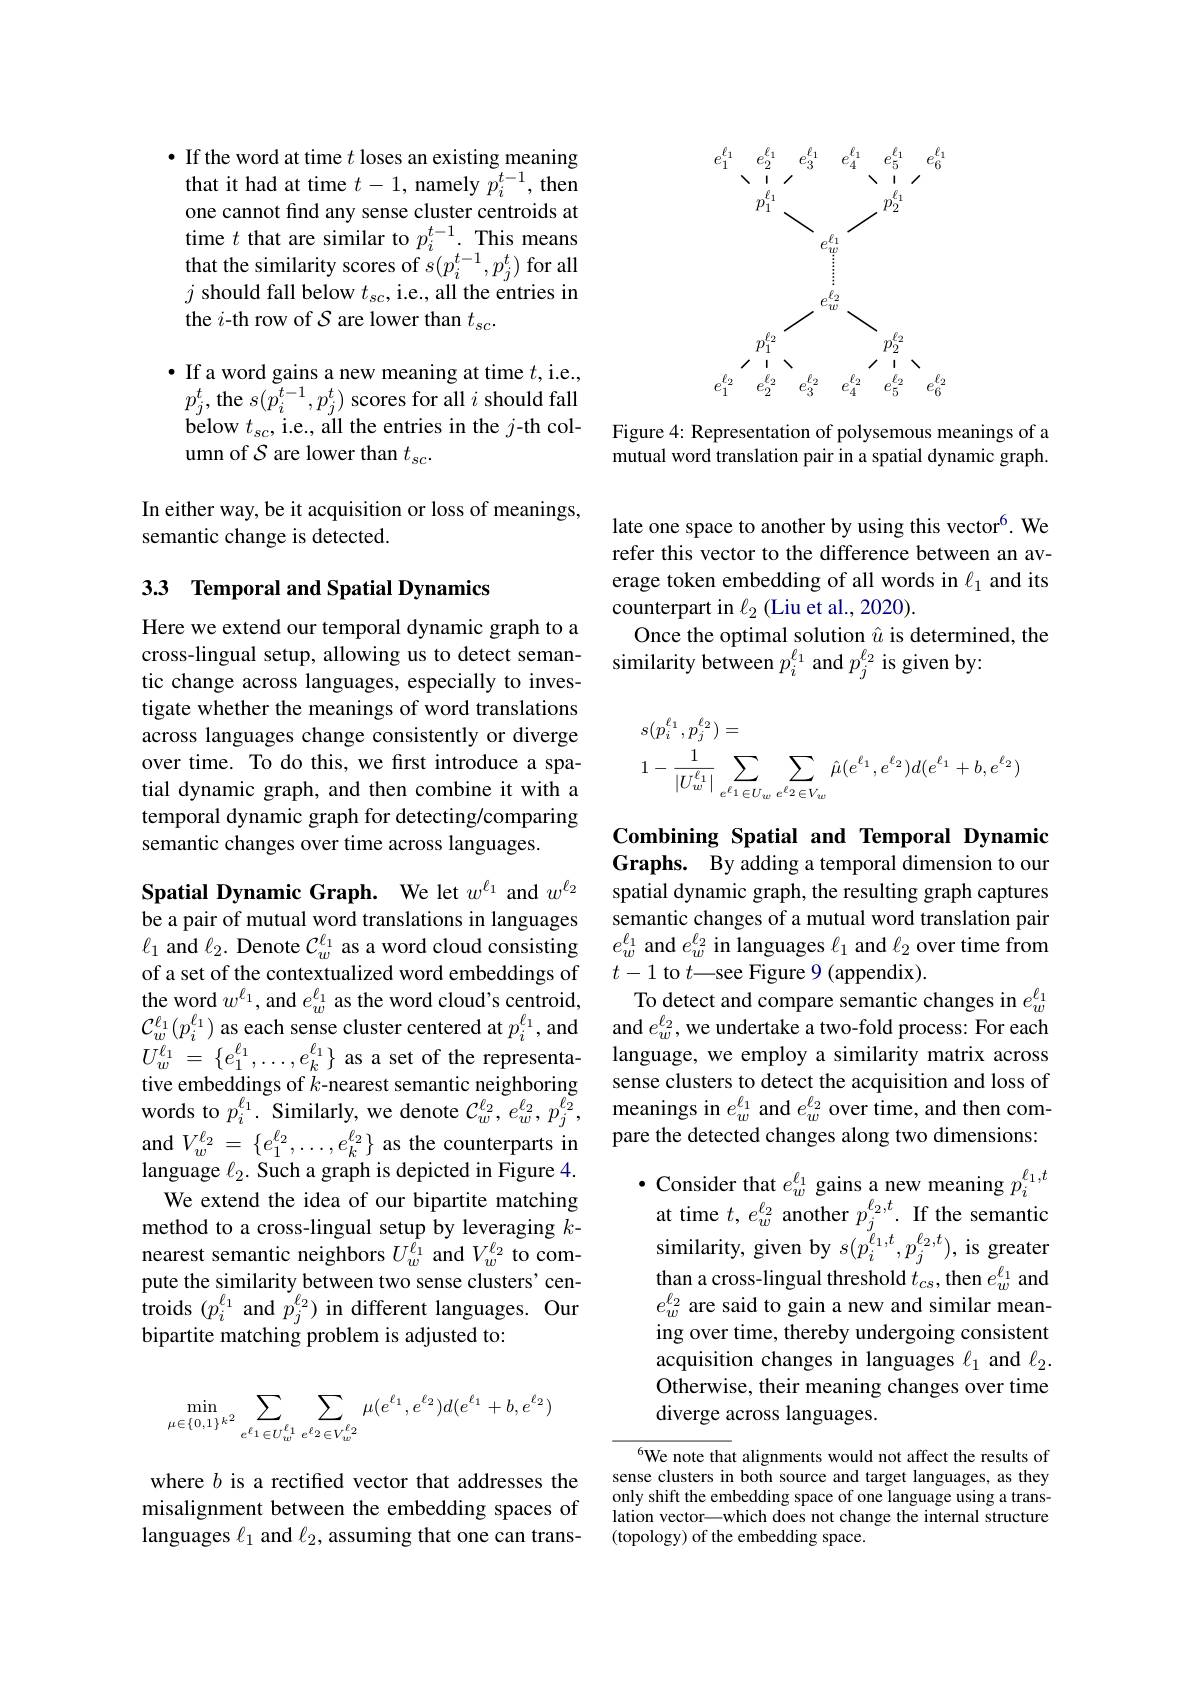
$\bullet$ If the word at time $t$ loses an existing meaning that it had at time $t-1$, namely $p_i^{t-1}$, then one cannot find any sense cluster centroids at time $t$ that are similar to $p_i^{t-1}.$ This means that the similarity scores of $s(p_i^{t-1},p_j^{t})$ for all $j$ should fall below $t_sc$,i.e., all the entries in the $i$-th row of $\mathcal S$ are lower than $t_\mathrm{sc}.$

$\bullet$ If a word gains a new meaning at time $t$,i.e., $p_{j}^{t}$,the $s(p_i^{t-1},p_j^{t})$ scores for all $i$ should fall below $t_sc$, i.e., all the entries in the $j$-th column of $\mathcal{S}$ are lower than $t_sc.$

In either way, be it acquisition or loss of meanings,
semantic change is detected.

## 33 Temporal and Spatial Dynamics

Here we extend our temporal dynamic graph to a cross-lingual setup, allowing us to detect semantic change across languages, especially to investigate whether the meanings of word translations across languages change consistently or diverge over time. To do this, we first introduce a spatial dynamic graph, and then combine it with a temporal dynamic graph for detecting/comparing semantic changes over time across languages.

Spatial Dynamic Graph. We let $w^{\ell_1}$ and $w^{\ell_2}$ be a pair of mutual word translations in languages $\ell_1$ and $\ell_2.$ Denote $\mathcal{C}_w^{\ell_1}$ as a word cloud consisting of a set of the contextualized word embeddings of the word $w^{\ell_{1}}$, and $e_w^{\ell_{1}}$ as the word cloud's centroid, $\mathcal{C}_{w}^{\ell_{1}}(p_{i}^{\ell_{1}})$ as each sense cluster centered at $p_i^{\ell_{1}}$,and $U_{w}^{\ell_{1}}=\{e_{1}^{\ell_{1}},\ldots,e_{k}^{\ell_{1}}\}$ as a set of the representative embeddings of $k$-nearest semantic neighboring words to $p_i^{\ell_1}.$ Similarly, we denote $\mathcal{C}_w^{\ell_2},e_w^{\ell_2},p_j^{\ell_2}$, and $V_w^{\ell_2}=\{e_1^{\ell_2},\ldots,e_k^{\ell_2}\}$ as the counterparts in language $\ell_{2}.$ Such a graph is depicted in Figure 4. We extend the idea of our bipartite matching
method to a cross-lingual setup by leveraging $k$- nearest semantic neighbors $U_w^{\bar{\ell_1}}$ and $V_w^{\ell_2}$ to compute the similarity between two sense clusters' centroids $(p_{i}^{\ell_{1}}$ and $\tilde{p}_{j}^{\ell_{2}})$ in different languages. Our bipartite matching problem is adjusted to:
$$\min_{\mu\in\{0,1\}^{k^2}}\sum_{e^{\ell_1}\in U_w^{\ell_1}}\sum_{e^{\ell_2}\in V_w^{\ell_2}}\mu(e^{\ell_1},e^{\ell_2})d(e^{\ell_1}+b,e^{\ell_2})$$
where $b$ is a rectifed vector that addresses the misalignment between the embedding spaces of languages $\ell_1$ and $\ell_2$, assuming that one can trans-

<FigureHere>

Figure 4: Representation of polysemous meanings of a mutual word translation pair in a spatial dynamic graph.

late one space to another by using this vector$^{6}.$ We refer this vector to the difference between an average token embedding of all words in $\ell_1$ and its counterpart in $\ell_2$ (Liu et al., 2020).
Once the optimal solution $\hat{u}$ is determined, the
similarity between $p_i^{\ell_1}$ and $p_j^{\ell_2}$ is given by:
$$\begin{aligned}&s(p_{i}^{\ell_{1}},p_{j}^{\ell_{2}})=\\&1-\frac{1}{|U_{w}^{\ell_{1}}|}\sum_{e^{\ell}1\in U_{w}}\sum_{e^{\ell_{2}}\in V_{w}}\hat{\mu}(e^{\ell_{1}},e^{\ell_{2}})d(e^{\ell_{1}}+b,e^{\ell_{2}})\end{aligned}$$
Combining Spatial and Temporal Dynamic Graphs. By adding a temporal dimension to our spatial dynamic graph, the resulting graph captures semantic changes of a mutual word translation pair $e_w^{\ell_1}$ and $e_w^{\ell_2}$ in languages $\ell_1$ and $\ell_2$ over time from $t-1$ to $t$—see Figure 9(appendix).
To detect and compare semantic changes in $e_w^{\ell_1}$ and $e_w^{\ell_2}$, we undertake a two-fold process: For each language, we employ a similarity matrix across sense clusters to detect the acquisition and loss of meanings in $e_w^{\ell_1}$ and $e_w^{\ell_2}$ over time, and then compare the detected changes along two dimensions:
$\bullet$ Consider that $e_w^{\ell_1}$ gains a new meaning $p_i^{\ell_1,t}$
at time $t,e_w^{\ell_2}$ another $p_j^{\ell_2,t}.$ If the semantic similarity, given by $s(p_i^{\ell_1,t},p_j^{\ell_2,t})$, is greater than a cross-lingual threshold $t_{cs}$,then $e_w^{\ell_1}$ and $e_w^{\ell_2}$ are said to gain a new and similar meaning over time, thereby undergoing consistent acquisition changes in languages $\ell_1$ and $\ell_2.$ Otherwise, their meaning changes over time diverge across languages.

6We note that alignments would not affect the results of sense clusters in both source and target languages, as they only shift the embedding space of one language using a translation vector—which does not change the internal structure (topology) of the embedding space.